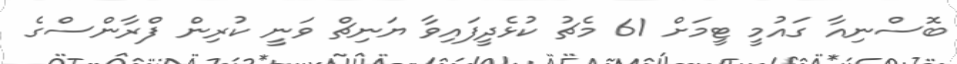
ބޮސްނިއާ ގައުމީ ޓީމަށް 61 މެޗު ކުޅެދީފައިވާ ޔަނިޗް ވަނީ ކުރިން ފްރާންސްގެ